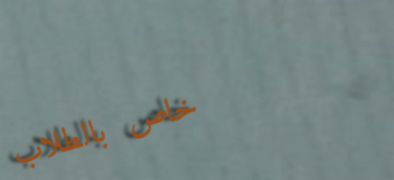
خاص بالطلاب